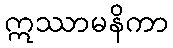
ဣဿာမနိကာ